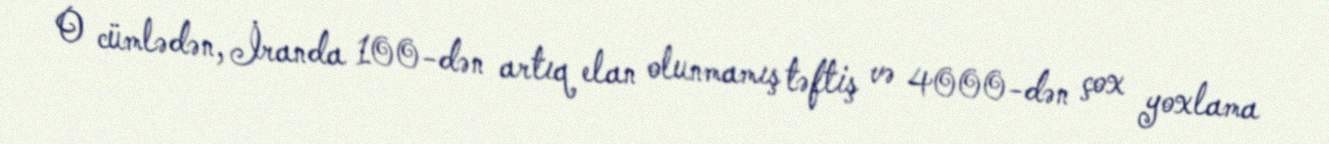
O cümlədən, İranda 100-dən artıq elan olunmamış təftiş və 4000-dən çox yoxlama